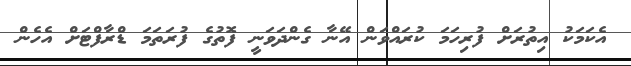
އެކަމަކު އިތުރަށް ފުރިހަމަ ކުރައްވަން އޭނާ ގެންދަވަނީ ފޮތުގެ ފުރަތަމަ ޑްރާފްޓަށް އެހެން